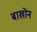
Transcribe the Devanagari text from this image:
बाखोन